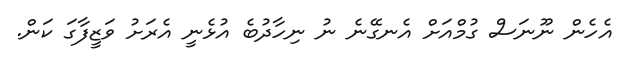
އެހެން ނޫނަސް ގުމްއަށް އެނގޭނެ ނު ނިހާދުބެ އުޅެނީ އެރަށު ވަޒީފާގަ ކަން.